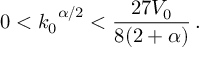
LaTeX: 0 < { k _ { 0 } } ^ { \alpha / 2 } < \frac { 2 7 V _ { 0 } } { 8 ( 2 + \alpha ) } \, .